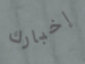
إخبارك